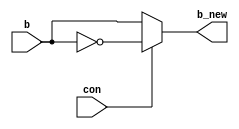
`timescale 1ns/10ps
module comp(b_new,b,con);
input con;
input [7:0]b;
output reg [7:0]b_new;

always @ (*)
begin
if (con == 1'b1)
		b_new= ~b;		
	else 
	b_new = b;
end
	
endmodule

module tb_comp();   
wire [7:0]tb_new; 
reg tcon; 
reg [7:0]tb;  
comp uut(tb_new,tb,tcon); 
initial $monitor("t=%3d, b_new=%8b, b=%8b, con=%b",$time,tb_new,tb,tcon);
initial     
	begin      
$dumpfile("comp.vcd");    
$dumpvars;     
end     
initial     
 begin      
 #00 tb=8'b00000000 ; tcon=1'b0 ;     
 #50 tb=8'b00000000 ; tcon=1'b1 ;       
 #50 tb=8'b11111111 ; tcon=1'b0 ;      
 #50 $stop ;    
 end
   
endmodule